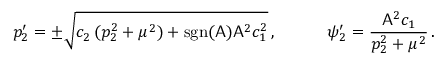
p _ { 2 } ^ { \prime } = \pm \sqrt { c _ { 2 } \, ( p _ { 2 } ^ { 2 } + \mu ^ { 2 } ) + \mathrm { s g n } ( \mathsf { A } ) \mathsf { A } ^ { 2 } c _ { 1 } ^ { 2 } } \, , \qquad \quad \psi _ { 2 } ^ { \prime } = \frac { \mathsf { A } ^ { 2 } c _ { 1 } } { p _ { 2 } ^ { 2 } + \mu ^ { 2 } } \, .